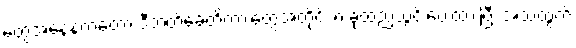
တွေအနေနဲ့ကတော့ ဒီဘတ်ခေတ်ကားတွေအတိုင်း ၈ ခုထည့်သွင်းပေးထားပြီး အသံထွက်